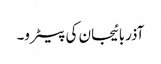
آذربائیجان کی پیٹرو۔